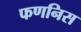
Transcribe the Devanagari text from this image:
फणनिस